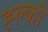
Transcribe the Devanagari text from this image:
ह्ल्की